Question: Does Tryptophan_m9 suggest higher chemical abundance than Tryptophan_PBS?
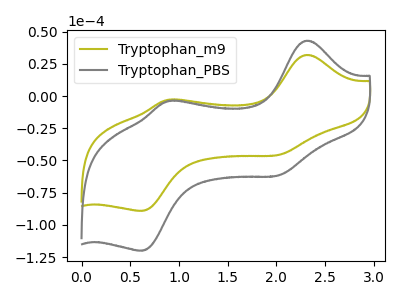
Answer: <think>The olive curve "Tryptophan_m9" has anodic peaks at (2.30V, 31.90uA) (0.90V, -3.00uA) and cathodic peaks at (2.00V, -45.80uA) (0.60V, -89.10uA). The gray curve "Tryptophan_PBS" has anodic peaks at (2.30V, 42.95uA) (0.90V, -4.05uA) and cathodic peaks at (2.00V, -61.70uA) (0.60V, -120.05uA).
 All the peaks in "Tryptophan_m9" have a peak in "Tryptophan_PBS" at the same potential.</think>
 <answer>I cant tell if "Tryptophan_m9" or "Tryptophan_PBS" has more signal.</answer>
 <eval>mixed_signal</eval>